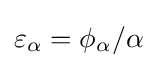
\varepsilon _{\alpha }=\phi _{\alpha }/\alpha